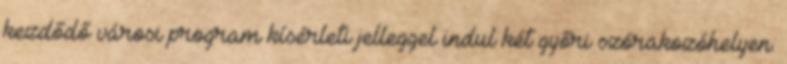
kezdődő városi program kísérleti jelleggel indul két győri szórakozóhelyen.